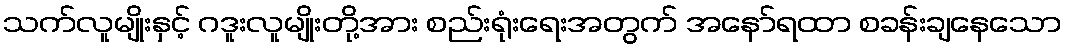
သက်လူမျိုးနှင့် ဂဒူးလူမျိုးတို့အား စည်းရုံးရေးအတွက် အနော်ရထာ စခန်းချနေသော